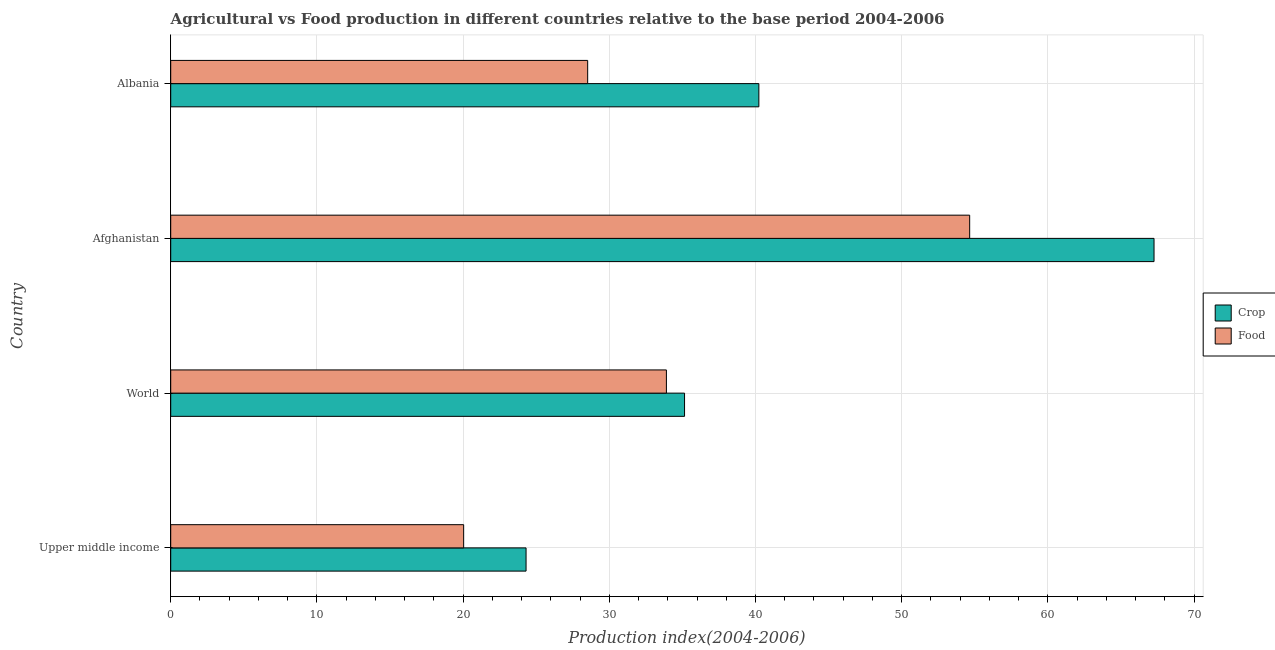
| Country | Crop | Food |
 | --- | --- | --- |
 | Upper middle income | 24.3 | 20 |
 | World | 35.1 | 33.9 |
 | Afghanistan | 67.3 | 54.6 |
 | Albania | 40.2 | 28.5 |